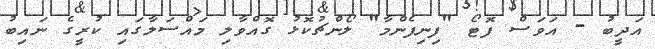
އަދީބު - އަވަސް ފޮޓޯ "ފިނިފެންމާ" ލޯންޗުކޮޅު ގޮއްވާލި މައްސަލާގައި ކުރީގެ ނައިބު